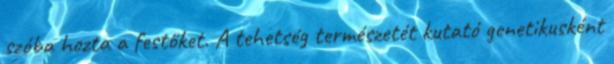
szóba hozta a festőket. A tehetség természetét kutató genetikusként